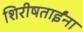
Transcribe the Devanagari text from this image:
शिरीषताईंना